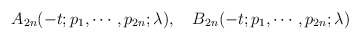
\begin{align*}A_{2n} (-t;p_1,\cdots,p_{2n};\lambda),\quad B_{2n} (-t;p_1,\cdots,p_{2n}; \lambda)\end{align*}